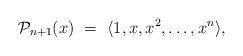
LaTeX: \begin{align*}{\cal P}_{n+1}(x) \ = \ \langle 1, x, x^2, \dots , x^n \rangle ,\end{align*}